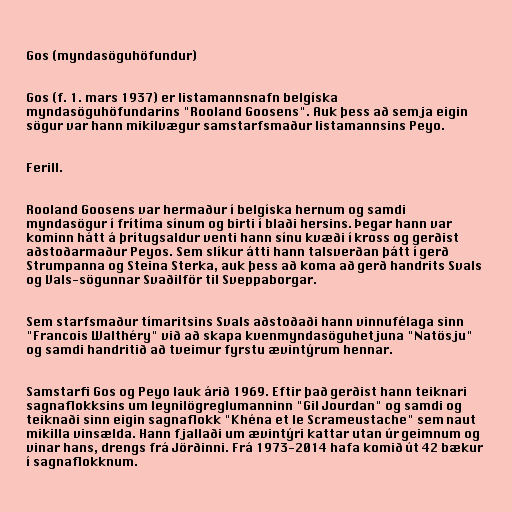
Gos (myndasöguhöfundur)

Gos (f. 1. mars 1937) er listamannsnafn belgíska
myndasöguhöfundarins "Rooland Goosens". Auk þess að semja eigin
sögur var hann mikilvægur samstarfsmaður listamannsins Peyo.

Ferill.

Rooland Goosens var hermaður í belgíska hernum og samdi
myndasögur í frítíma sínum og birti í blaði hersins. Þegar hann var
kominn hátt á þrítugsaldur venti hann sínu kvæði í kross og gerðist
aðstoðarmaður Peyos. Sem slíkur átti hann talsverðan þátt í gerð
Strumpanna og Steina Sterka, auk þess að koma að gerð handrits Svals
og Vals-sögunnar Svaðilför til Sveppaborgar.

Sem starfsmaður tímaritsins Svals aðstoðaði hann vinnufélaga sinn
"Francois Walthéry" við að skapa kvenmyndasöguhetjuna "Natösju"
og samdi handritið að tveimur fyrstu ævintýrum hennar.

Samstarfi Gos og Peyo lauk árið 1969. Eftir það gerðist hann teiknari
sagnaflokksins um leynilögreglumanninn "Gil Jourdan" og samdi og
teiknaði sinn eigin sagnaflokk "Khéna et le Scrameustache" sem naut
mikilla vinsælda. Hann fjallaði um ævintýri kattar utan úr geimnum og
vinar hans, drengs frá Jörðinni. Frá 1973-2014 hafa komið út 42 bækur
í sagnaflokknum.